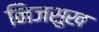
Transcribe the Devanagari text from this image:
निजसुख